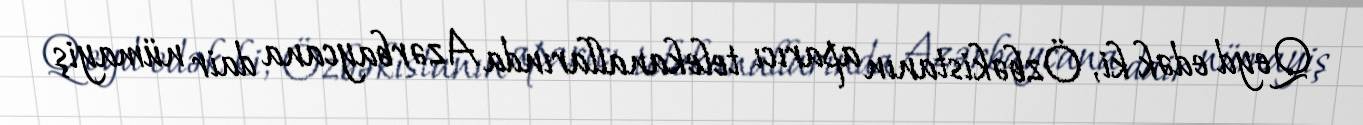
Qeyd edək ki, Özbəkistanın aparıcı telekanallarında Azərbaycana dair nümayiş